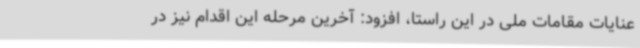
عنایات مقامات ملی در این راستا، افزود: آخرین مرحله این اقدام نیز در